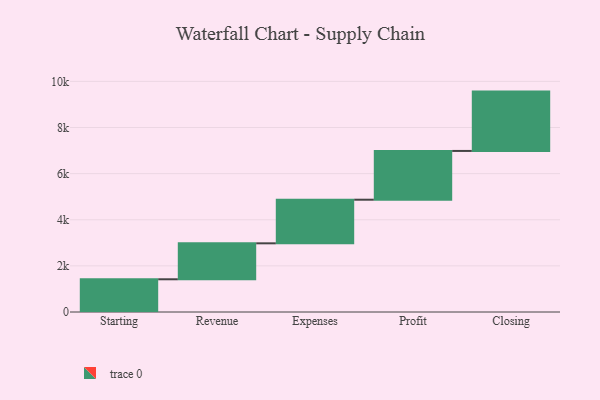
{"axis": {"x": "Step", "y": "Value"}, "legend": [""], "data": [{"x": "Starting", "y": 1419.0, "type": ""}, {"x": "Revenue", "y": 1559.0, "type": ""}, {"x": "Expenses", "y": 1891.0, "type": ""}, {"x": "Profit", "y": 2115.0, "type": ""}, {"x": "Closing", "y": 2573.0, "type": ""}]}